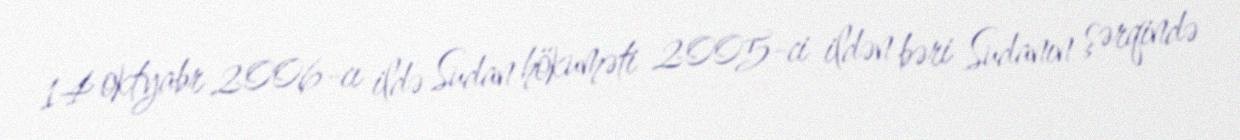
14 oktyabr 2006-cı ildə Sudan hökuməti 2005-ci ildən bəri Sudanın şərqində